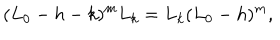
LaTeX: ( L _ { 0 } - h - k ) ^ { m } L _ { k } = L _ { k } ( L _ { 0 } - h ) ^ { m } ,